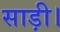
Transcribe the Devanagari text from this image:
साड़ी।